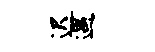
迟遇